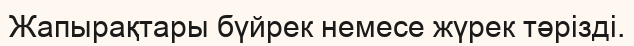
Жапырақтары бүйрек немесе жүрек тәрізді.